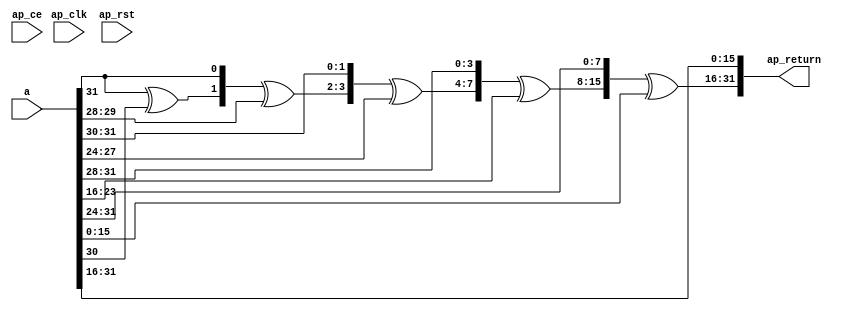
module binary_tower_32b_mul_alpha (
        ap_clk,
        ap_ce,
        a,
        ap_return,
        ap_rst
);

input ap_clk;
input ap_ce;
input  [31:0] a;
output  [31:0] ap_return;
input   ap_rst;

wire   [0:0] a0_4_fu_142_p3;
wire   [0:0] a1_fu_150_p3;
wire   [0:0] xor_ln26_fu_158_p2;
wire   [1:0] tmp_fu_164_p3;
wire   [1:0] a0_3_fu_122_p4;
wire   [1:0] xor_ln26_1_fu_172_p2;
wire   [1:0] a1_4_fu_132_p4;
wire   [3:0] tmp_1_fu_178_p3;
wire   [3:0] a0_2_fu_102_p4;
wire   [3:0] xor_ln26_2_fu_186_p2;
wire   [3:0] a1_3_fu_112_p4;
wire   [7:0] tmp_2_fu_192_p3;
wire   [7:0] a0_1_fu_82_p4;
wire   [7:0] xor_ln26_3_fu_200_p2;
wire   [7:0] a1_2_fu_92_p4;
wire   [15:0] tmp_3_fu_206_p3;
wire   [15:0] a0_fu_68_p1;
wire   [15:0] xor_ln26_4_fu_214_p2;
wire   [15:0] a1_1_fu_72_p4;

assign a0_1_fu_82_p4 = {{a[23:16]}};

assign a0_2_fu_102_p4 = {{a[27:24]}};

assign a0_3_fu_122_p4 = {{a[29:28]}};

assign a0_4_fu_142_p3 = a[32'd30];

assign a0_fu_68_p1 = a[15:0];

assign a1_1_fu_72_p4 = {{a[31:16]}};

assign a1_2_fu_92_p4 = {{a[31:24]}};

assign a1_3_fu_112_p4 = {{a[31:28]}};

assign a1_4_fu_132_p4 = {{a[31:30]}};

assign a1_fu_150_p3 = a[32'd31];

assign tmp_1_fu_178_p3 = {{xor_ln26_1_fu_172_p2}, {a1_4_fu_132_p4}};

assign tmp_2_fu_192_p3 = {{xor_ln26_2_fu_186_p2}, {a1_3_fu_112_p4}};

assign tmp_3_fu_206_p3 = {{xor_ln26_3_fu_200_p2}, {a1_2_fu_92_p4}};

assign tmp_fu_164_p3 = {{xor_ln26_fu_158_p2}, {a1_fu_150_p3}};

assign xor_ln26_1_fu_172_p2 = (tmp_fu_164_p3 ^ a0_3_fu_122_p4);

assign xor_ln26_2_fu_186_p2 = (tmp_1_fu_178_p3 ^ a0_2_fu_102_p4);

assign xor_ln26_3_fu_200_p2 = (tmp_2_fu_192_p3 ^ a0_1_fu_82_p4);

assign xor_ln26_4_fu_214_p2 = (tmp_3_fu_206_p3 ^ a0_fu_68_p1);

assign xor_ln26_fu_158_p2 = (a1_fu_150_p3 ^ a0_4_fu_142_p3);

assign ap_return = {{xor_ln26_4_fu_214_p2}, {a1_1_fu_72_p4}};

endmodule //binary_tower_32b_mul_alpha